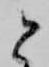
と